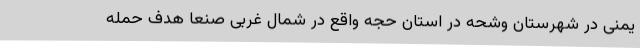
یمنی در شهرستان وشحه در استان حجه واقع در شمال غربی صنعا هدف حمله